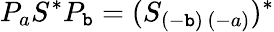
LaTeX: P_{a}S^{\ast}P_{\mathtt{b}}=(S_{(-\mathtt{b})\, (-a)})^{\ast}